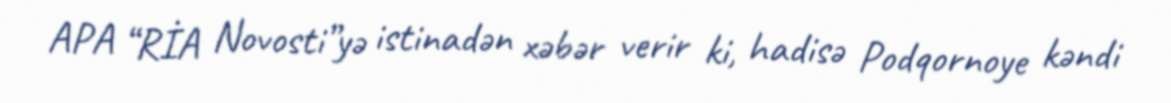
APA “RİA Novosti”yə istinadən xəbər verir ki, hadisə Podqornoye kəndi